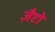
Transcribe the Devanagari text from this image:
ज़ैप्टो